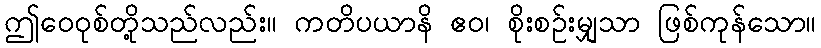
ဤဝေဝုစ်တို့သည်လည်း။ ကတိပယာနိ ဧဝ၊ စိုးစဉ်းမျှသာ ဖြစ်ကုန်သော။